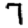
Digit: 7